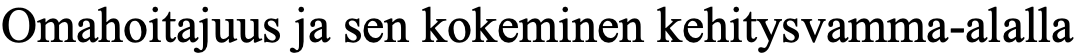
Omahoitajuus ja sen kokeminen kehitysvamma-alalla